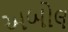
અબોલ